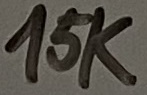
Text: 15K